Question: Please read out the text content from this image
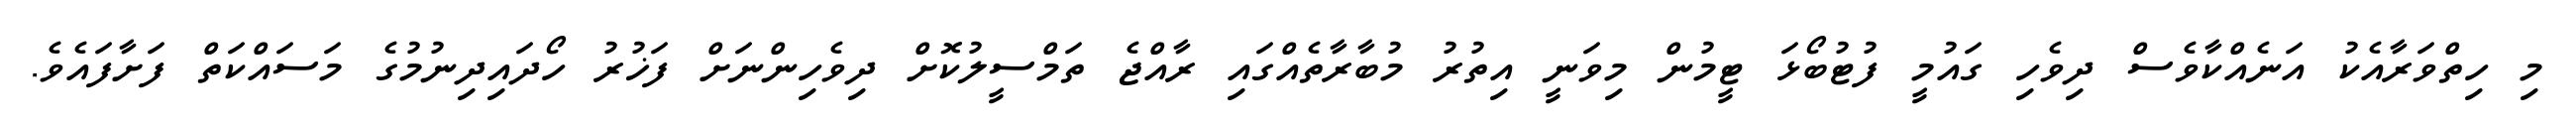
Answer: މި ހިތްވަރާއެކު އަނެއްކާވެސް ދިވެހި ގައުމީ ފުޓުބޯޅަ ޓީމުން މިވަނީ އިތުރު މުބާރާތެއްގައި ރާއްޖެ ތަމްސީލުކޮށް ދިވެހިންނަށް ފަޚުރު ހޯދައިދިނުމުގެ މަސައްކަތް ފަށާފައެވެ.